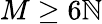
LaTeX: M\geq6\mathbb{N}